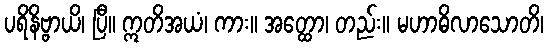
ပရိနိဗ္ဗာယိ၊ ပြီ။ ဣတိအယံ၊ ကား။ အတ္ထော၊ တည်း။ မဟာဓိလာသောတိ၊